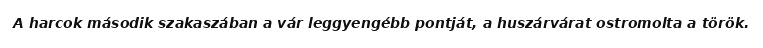
A harcok második szakaszában a vár leggyengébb pontját, a huszárvárat ostromolta a török.